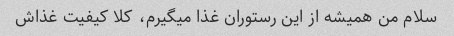
سلام من همیشه از این رستوران غذا میگیرم، کلا کیفیت غذاش